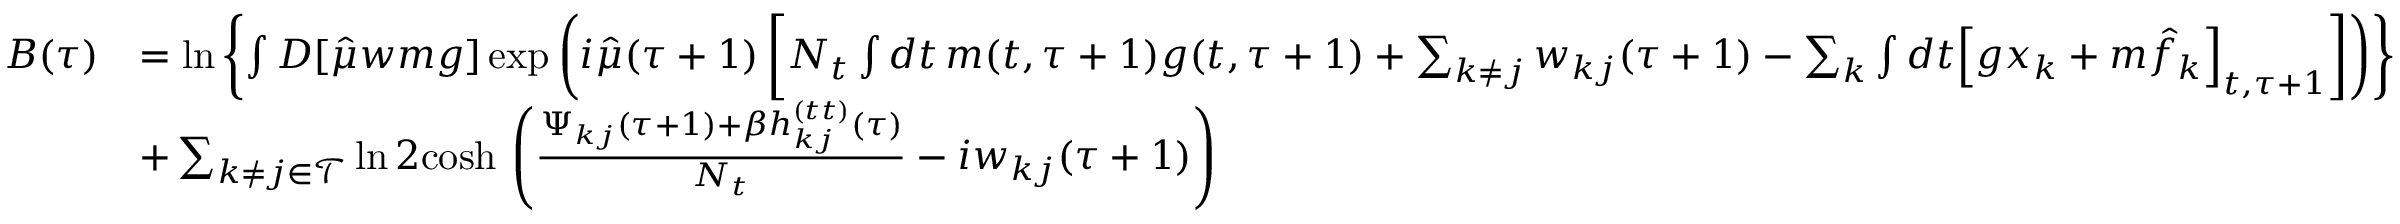
\begin{array} { r l } { B ( \tau ) } & { = \ln \left\{ \int D [ \hat { \mu } w m g ] \exp \left( i \hat { \mu } ( \tau + 1 ) \left[ N _ { t } \int d t \, m ( t , \tau + 1 ) g ( t , \tau + 1 ) + \sum _ { k \neq j } w _ { k j } ( \tau + 1 ) - \sum _ { k } \int d t \Big [ g x _ { k } + m \hat { f } _ { k } \Big ] _ { t , \tau + 1 } \right] \right) \right\} } \\ & { + \sum _ { k \neq j \in \mathcal { T } } \ln 2 \mathrm { c o s h } \, \left( \frac { \Psi _ { k j } ( \tau + 1 ) + \beta h _ { k j } ^ { ( t t ) } ( \tau ) } { N _ { t } } - i w _ { k j } ( \tau + 1 ) \right) } \end{array}